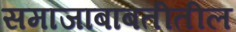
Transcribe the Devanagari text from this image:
समाजाबाबतीतील